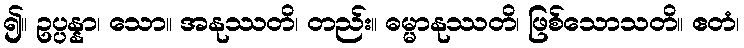
၍။ ဥပ္ပန္နာ၊ သော။ အနုဿတိ၊ တည်း။ ဓမ္မာနုဿတိ၊ ဖြစ်သောသတိ။ ဧတံ၊